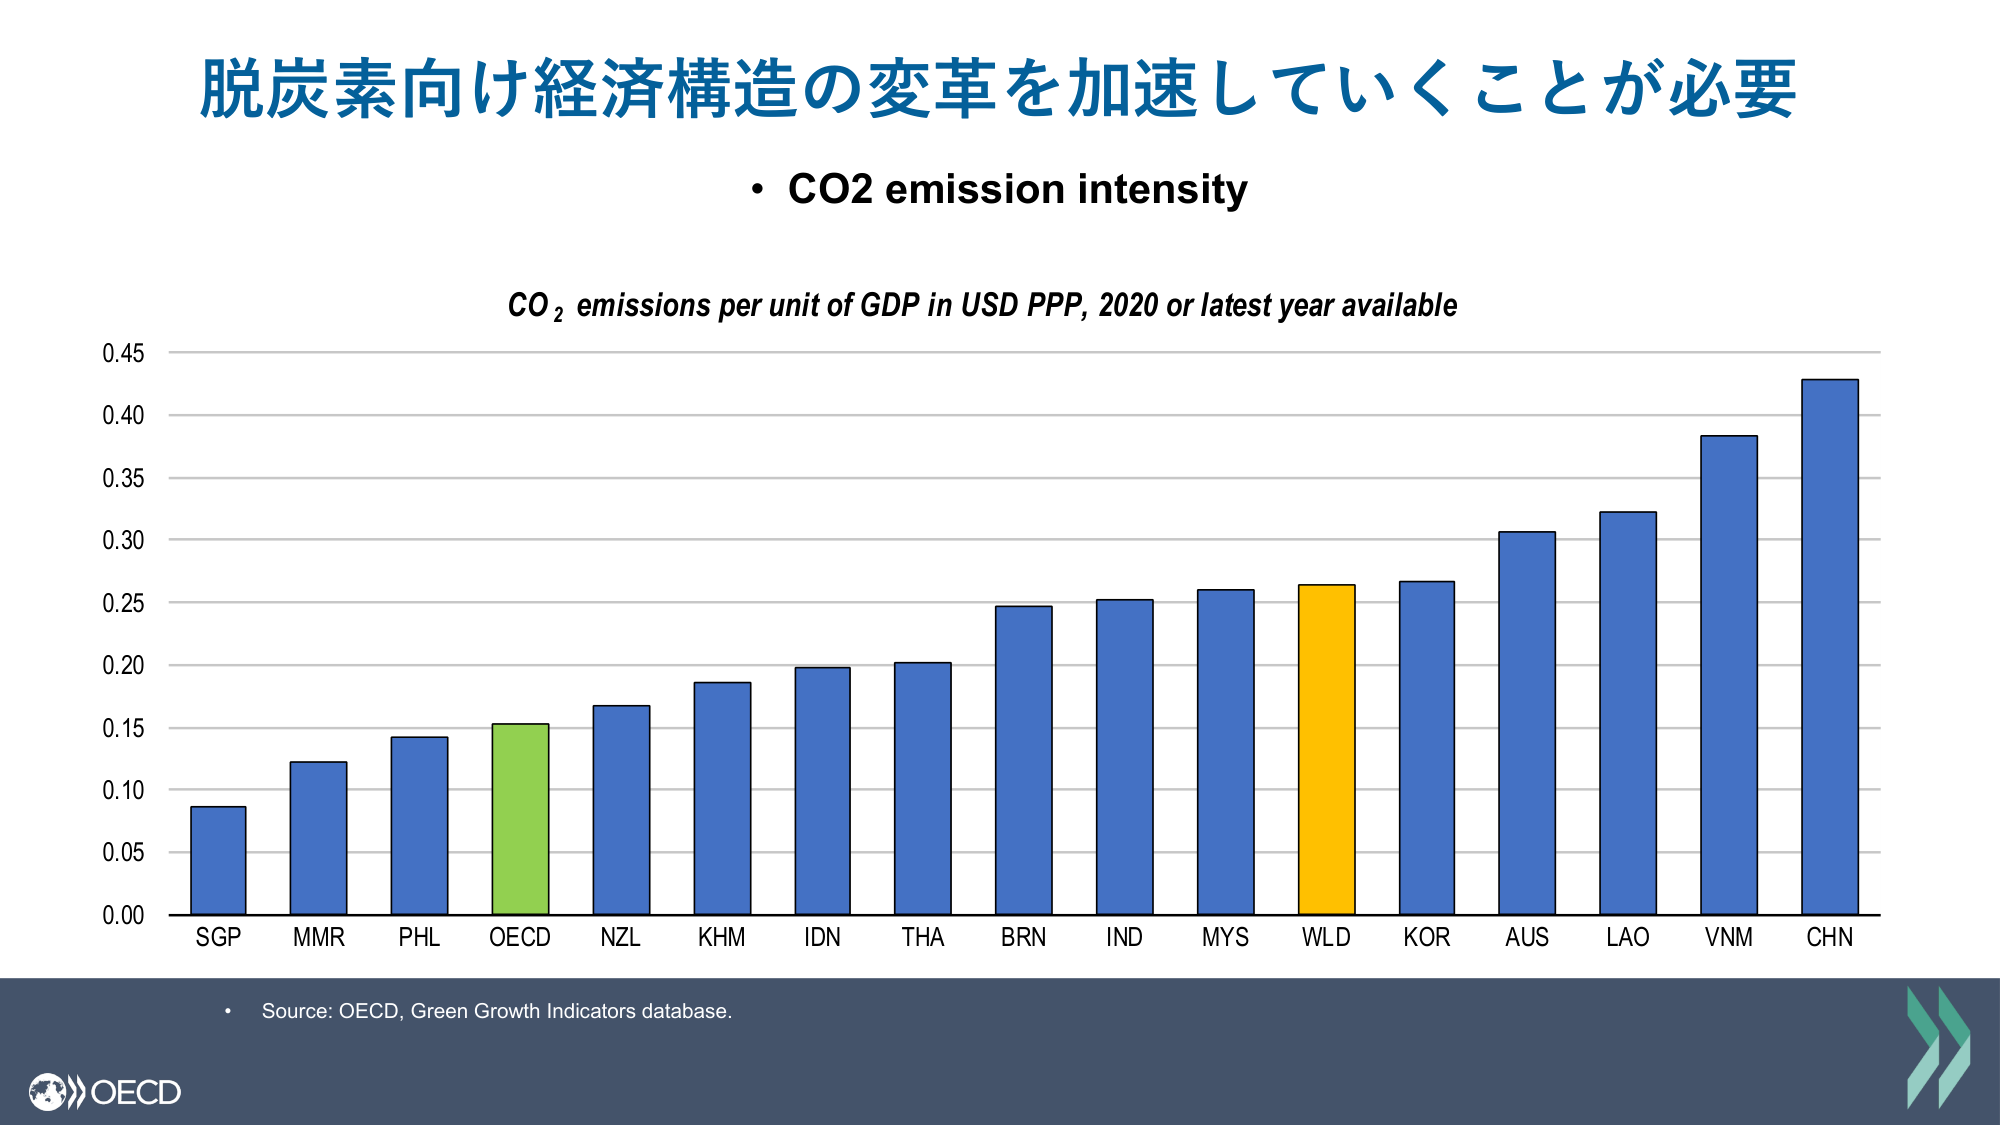
脱炭素向け経済構造の変革を加速していくことが必要
• CO2 emission intensity
CO₂ emissions per unit of GDP in USD PPP, 2020 or latest year available
0.45
0.40
0.35
0.30
0.25
0.20
0.15
0.10
0.05
0.00
SGP
MMR
PHL
OECD
NZL
KHM
IDN
THA
BRN
IND
MYS
WLD
KOR
AUS
LAO
VNM
CHN
• Source: OECD, Green Growth Indicators database.
OECD